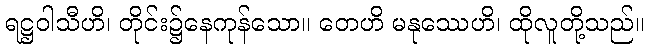
ရဋ္ဌဝါသီဟိ၊ တိုင်း၌နေကုန်သော။ တေဟိ မနုဿေဟိ၊ ထိုလူတို့သည်။